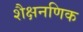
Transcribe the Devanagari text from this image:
शैक्षनणिक